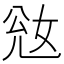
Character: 𡜎